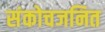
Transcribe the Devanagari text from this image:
संकोचजनित